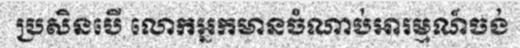
ប្រសិនបើ លោកអ្នកមានចំណាប់អារម្មណ៍ចង់